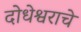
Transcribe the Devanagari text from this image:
दोधेश्वराचे